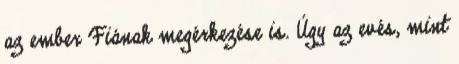
az ember Fiának megérkezése is. Úgy az evés, mint